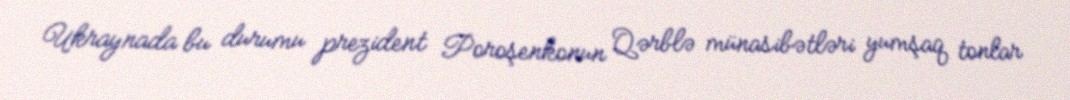
Ukraynada bu durumu prezident Poroşenkonun Qərblə münasibətləri yumşaq tonlar